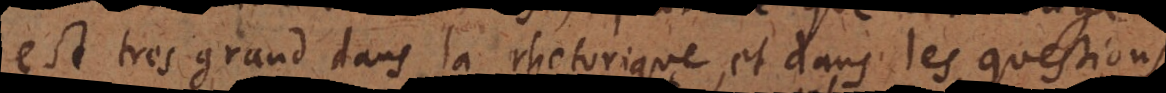
est tres grand dans la rhétorique, et dans les questions